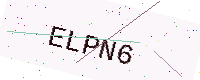
Text: ELPN6